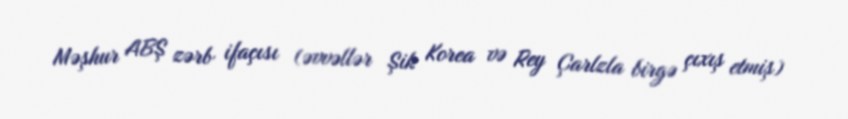
Məşhur ABŞ zərb ifaçısı (əvvəllər Şik Korea və Rey Çarlzla birgə çıxış etmiş)